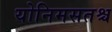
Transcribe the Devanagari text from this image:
योनिमसतश्च